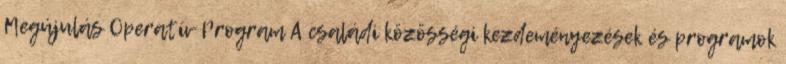
Megújulás Operatív Program A családi közösségi kezdeményezések és programok